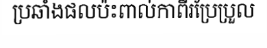
ប្រឆាំងផលប៉ះពាល់កាពីរប្រែប្រួល